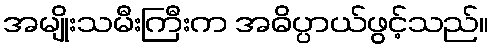
အမျိုးသမီးကြီးက အဓိပ္ပာယ်ဖွင့်သည်။